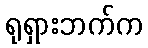
ရုရှားဘက်က